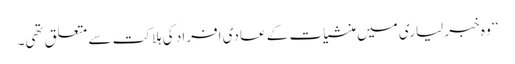
‘‘ وہ خبر لیاری میں منشیات کے عادی افراد کی ہلاکت سے متعلق تھی۔